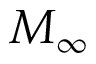
M _ { \infty }